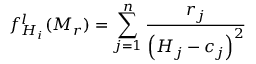
f _ { \boldsymbol { H _ { i } } } ^ { l } ( \boldsymbol { M _ { r } } ) = \sum _ { j = 1 } ^ { n } \frac { { r _ { j } } } { \left( \boldsymbol { H _ { j } } - \boldsymbol { { c } _ { j } } \right) ^ { 2 } }